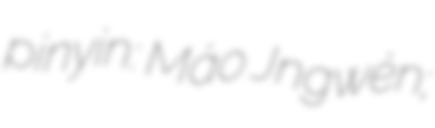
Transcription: pinyin: Máo Jǐngwén;